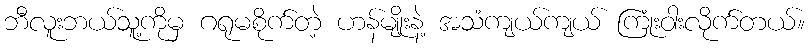
ဘီလူးဘယ်သူ့ကိုမှ ဂရုမစိုက်တဲ့ ဟန်မျိုးနဲ့ အသံကျယ်ကျယ် ကြုံးဝါးလိုက်တယ်။